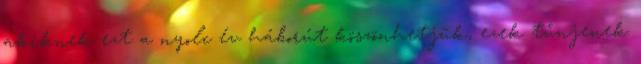
akiknek ezt a nyolc év háborút köszönhetjük, ezek tűnjenek